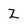
Character: Z